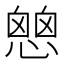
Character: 𢡔